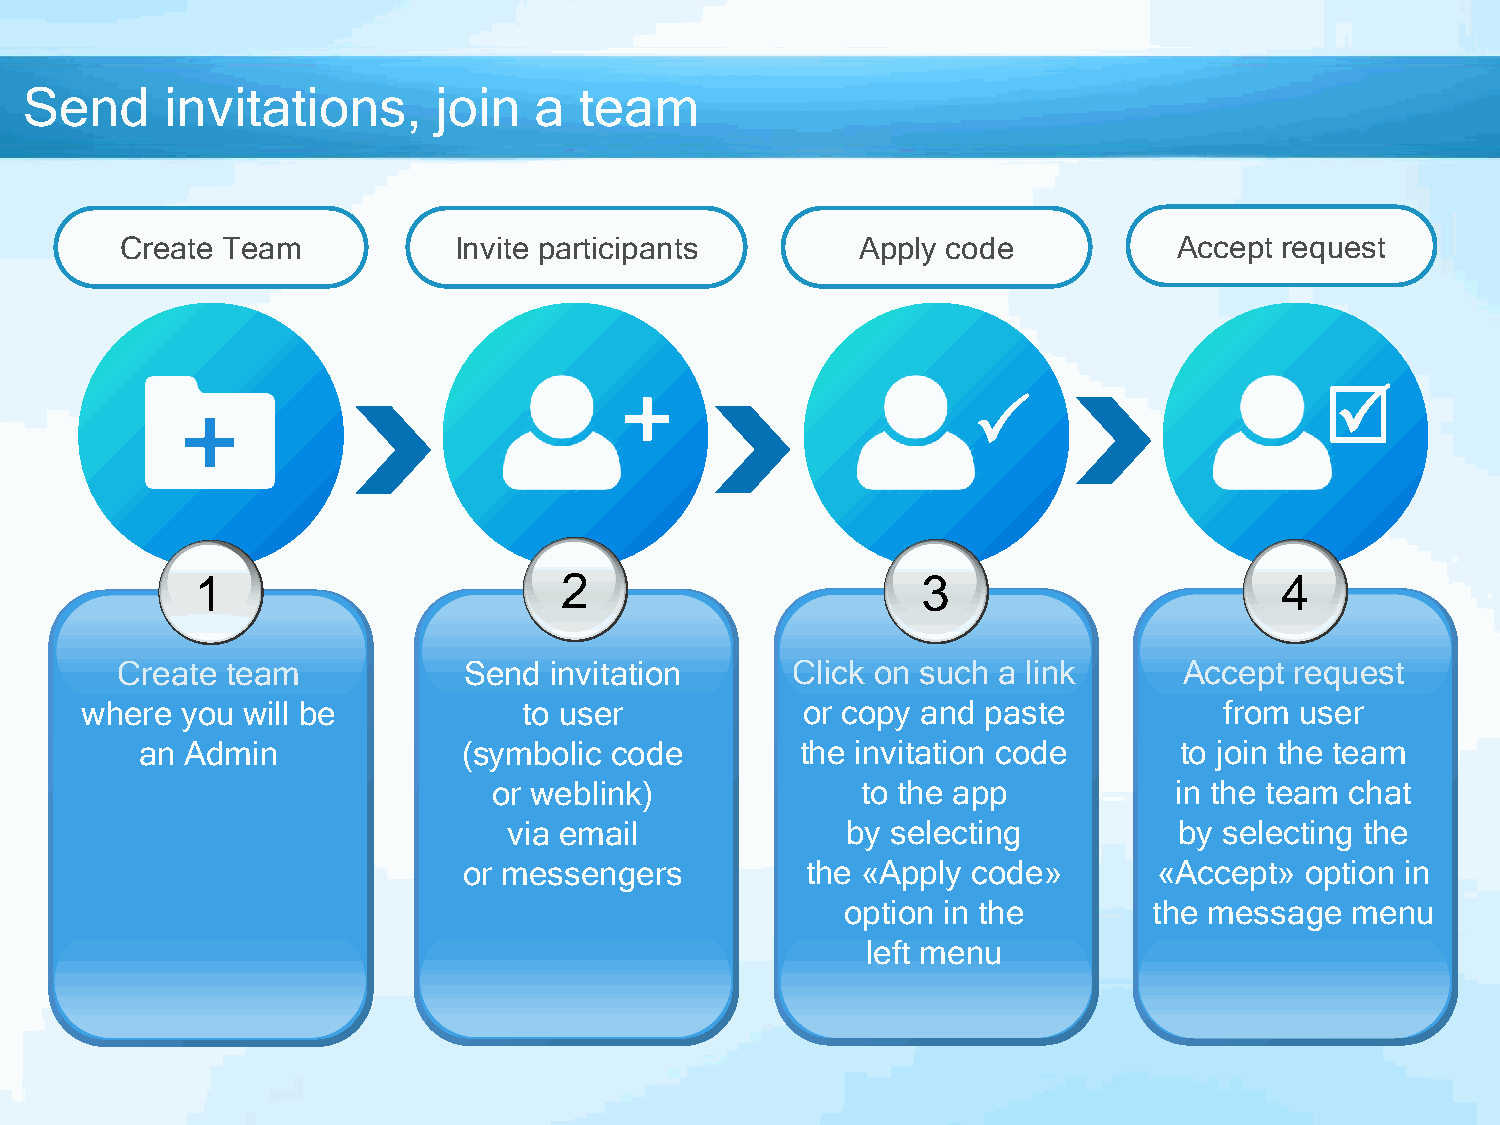
Send     invitations,      join  a  team
 Create Team           Invite participants        Apply code           Accept request
 +                                             
 +
 1                       2                       3                       4
 Create team            Send invitation      Click on such a link      Accept  request
 where  you will be            to user           or copy and paste           from user
 an Admin              (symbolic code        the invitation code      to join the team
 or weblink)             to the app           in the team chat
 via email             by selecting          by selecting the
 or messengers         the «Apply code»        «Accept» option in
 option in the       the message  menu
 left menu